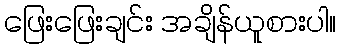
ဖြေးဖြေးချင်း အချိန်ယူစားပါ။